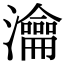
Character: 瀹